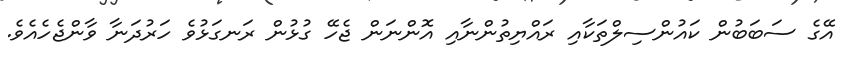
އޭގެ ސަބަބުން ކައުންސިލްތަކާއި ރައްޔިތުންނާއި އޮންނަން ޖެހޭ ގުޅުން ރަނގަޅުވެ ހަރުދަނާ ވާންޖެހެއެވެ.